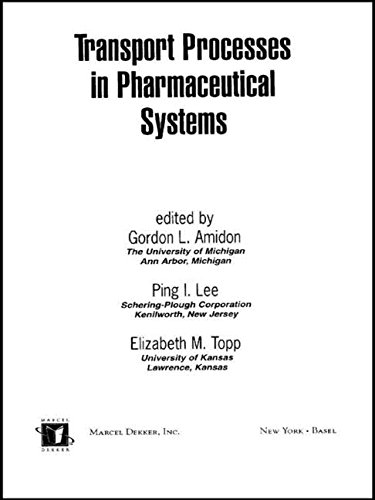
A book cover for Transport Processes in Pharmaceutical Systems (Drugs and the Pharmaceutical Sciences); Medical Books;